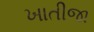
ખાતીજા